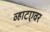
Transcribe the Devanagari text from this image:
व्हाटएवर